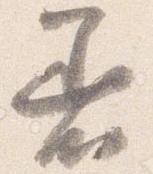
着